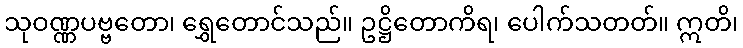
သုဝဏ္ဏပဗ္ဗတော၊ ရွှေတောင်သည်။ ဥဋ္ဌိတောကိရ၊ ပေါက်သတတ်။ ဣတိ၊